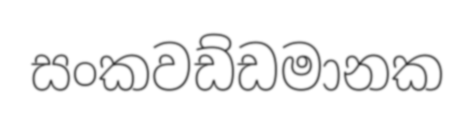
සංකවඩ්ඩමානක